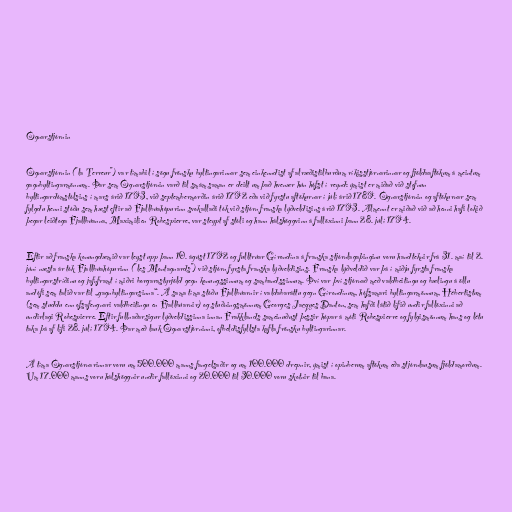
Ógnarstjórnin

Ógnarstjórnin ("la Terreur") var tímabil í sögu frönsku byltingarinnar sem einkenndist af alræðistilburðum ríkisstjórnarinnar og fjöldaaftökum á meintum
gagnbyltingarmönnum. Þar sem Ógnarstjórnin varð til smám saman er deilt um það hvenær hún hófst í reynd: ýmist er miðað við stofnun
byltingardómstólsins í mars árið 1793, við septembermorðin árið 1792 eða við fyrstu aftökurnar í júlí árið 1789. Ógnarstjórnin og aftökurnar sem
fylgdu henni stóðu sem hæst eftir að Fjallbúahópurinn svokallaði tók við stjórn franska lýðveldisins árið 1793. Almennt er miðað við að henni hafi lokið
þegar leiðtoga Fjallbúanna, Maximilien Robespierre, var steypt af stóli og hann hálshöggvinn á fallöxinni þann 28. júlí 1794.

Eftir að franska konungdæmið var leyst upp þann 10. ágúst 1792 og fulltrúar Gírondína á franska stjórnlagaþinginu voru handteknir frá 31. maí til 2.
júní næsta ár tók Fjallbúahópurinn ("les Montagnards") við stjórn fyrsta franska lýðveldisins. Franska lýðveldið var þá í miðju fyrsta franska
byltingarstríðinu og jafnframt í miðri borgarastyrjöld gegn konungssinnum og sambandssinnum. Því var því stjórnað með valdbeitingu og bælingu á öllu
andófi sem talið var til „gagnbyltingarsinna“. Á sama tíma stóðu Fjallbúarnir í valdabaráttu gegn Gírondínum, hófsamari byltingarmönnum, Hébertistum
(sem studdu enn ofsafengnari valdbeitingu en Fjallbúarnir) og stuðningsmönnum Georges Jacques Danton, sem hafði látið lífið undir fallöxinni að
undirlagi Robespierre. Eftir fullnaðarsigur lýðveldissinna innan Frakklands sameinuðust þessir hópar á móti Robespierre og fylgismönnum hans og létu
taka þá af lífi 28. júlí 1794. Þar með lauk Ógnarstjórninni, ofbeldisfyllsta kafla frönsku byltingarinnar.

Á tíma Ógnarstjórnarinnar voru um 500.000 manns fangelsaðir og um 100.000 drepnir, ýmist í opinberum aftökum eða stjórnlausum fjöldamorðum.
Um 17.000 manns voru hálshöggnir undir fallöxinni og 20.000 til 30.000 voru skotnir til bana.